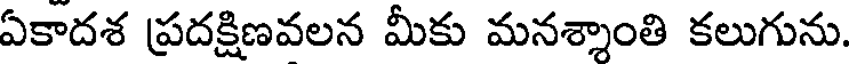
ఏకాదశ ప్రదక్షిణవలన మీకు మనశ్శాంతి కలుగును.